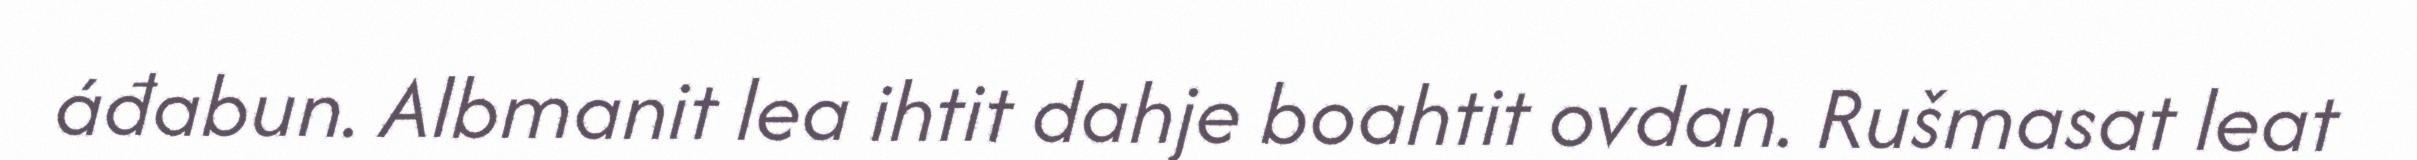
áđabun. Albmanit lea ihtit dahje boahtit ovdan. Rušmasat leat